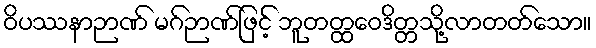
ဝိပဿနာဉာဏ် မဂ်ဉာဏ်ဖြင့် ဘူတတ္ထဝေဒိတ္တသို့လာတတ်သော။